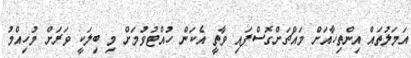
އަމަލުތައް އިންތިހާއަށް މައްޗަށްގޮސްފައި ވާތީ އެކަން ހުއްޓުވުމަށް މި ބިލަކީ ވަރަށް މުހިއްމު